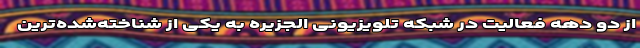
از دو دهه فعالیت در شبکه تلویزیونی الجزیره به یکی از شناخته‌شده‌ترین